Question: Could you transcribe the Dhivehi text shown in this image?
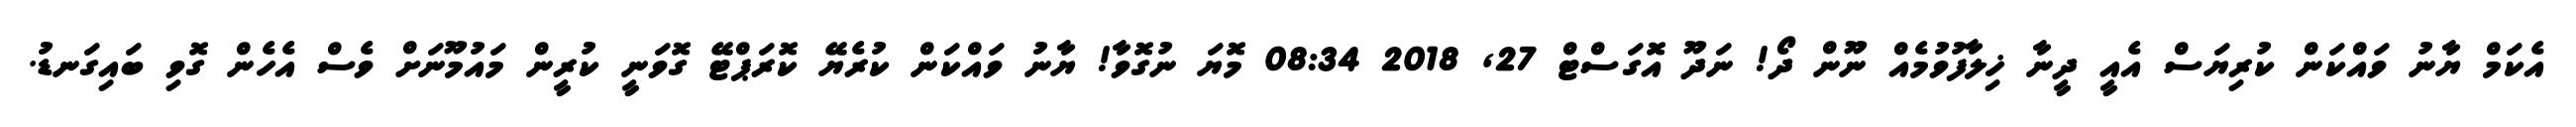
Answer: އެކަމް ޔާނު ވައްކަން ކުރިޔަސް އެއީ ދީނާ ޚިލާފުވުމެއް ނޫން ދޯ! ނަދޫ އޮގަސްޓް 27, 2018 08:34 މޮޔަ ނުގޮވާ! ޔާނު ވައްކަން ކުރެޔޭ ކޮރަޕްޓޭ ގޮވަނީ ކުރީން މައުމޫނަށް ވެސް އެހެން ގޮވި ބައިގަނޑު.